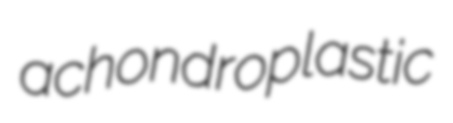
achondroplastic